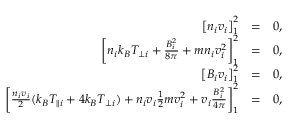
\begin{array} { r l r } { \left[ n _ { i } v _ { i } \right] _ { 1 } ^ { 2 } } & { = } & { 0 , } \\ { \left[ n _ { i } k _ { B } T _ { \perp i } + \frac { B _ { i } ^ { 2 } } { 8 \pi } + m n _ { i } v _ { i } ^ { 2 } \right] _ { 1 } ^ { 2 } } & { = } & { 0 , } \\ { \left[ B _ { i } v _ { i } \right] _ { 1 } ^ { 2 } } & { = } & { 0 , } \\ { \left[ \frac { n _ { i } v _ { i } } { 2 } ( k _ { B } T _ { \parallel i } + 4 k _ { B } T _ { \perp i } ) + n _ { i } v _ { i } \frac { 1 } { 2 } m v _ { i } ^ { 2 } + v _ { i } \frac { B _ { i } ^ { 2 } } { 4 \pi } \right] _ { 1 } ^ { 2 } } & { = } & { 0 , } \end{array}